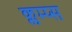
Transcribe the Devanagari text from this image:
क्लम्प्स